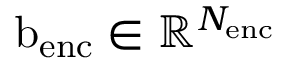
\mathrm { b } _ { \mathrm { e n c } } \in \mathbb { R } ^ { N _ { \mathrm { e n c } } }